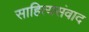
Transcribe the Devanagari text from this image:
साहित्यसंवाद